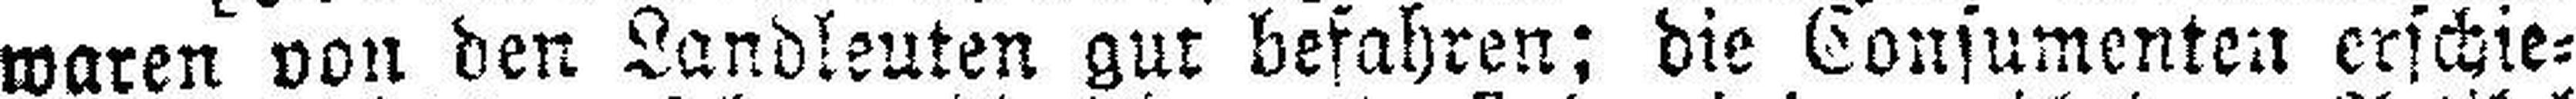
waren von den Landleuten gut befahren; die Consumenten erschie¬